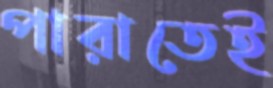
পারাতেই